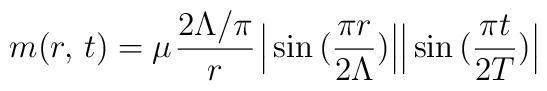
m(r, {\kern 2pt} t)=  \mu {\kern 1pt}\frac {2\Lambda/\pi}{r}{\kern 1pt} \Big| \sin\big( \frac {\pi r}{2\Lambda}\big) \Big|  \Big|\sin\big( \frac {\pi t}{2T}\big)\Big|